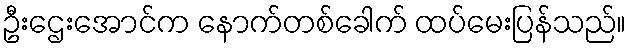
ဦးဌေးအောင်က နောက်တစ်ခေါက် ထပ်မေးပြန်သည်။